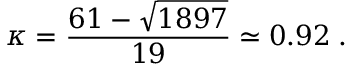
\kappa = \frac { 6 1 - \sqrt { 1 8 9 7 } } { 1 9 } \simeq 0 . 9 2 \; .